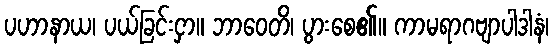
ပဟာနာယ၊ ပယ်ခြင်းငှာ။ ဘာဝေတိ၊ ပွားစေ၏။ ကာမရာဂဗျာပါဒါနံ၊